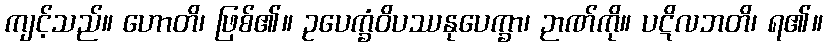
ကျင့်သည်။ ဟောတိ၊ ဖြစ်၏။ ဥပေက္ခံဝိပဿနုပေက္ခာ၊ ဉာဏ်ကို။ ပဋိလဘတိ၊ ရ၏။